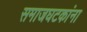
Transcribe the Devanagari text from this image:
समाजघटकांना